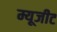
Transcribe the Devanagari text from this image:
म्यूजीट